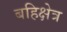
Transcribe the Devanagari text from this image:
बहिक्षेत्र